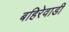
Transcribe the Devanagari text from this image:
बहिरेवाडी